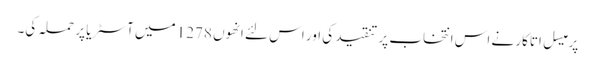
پرمیسل اتاکار نے اس انتخاب پر تنقید کی اور اس لئے انھوں 1278 میں آسٹریا پر حملہ کی۔